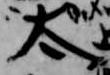
太